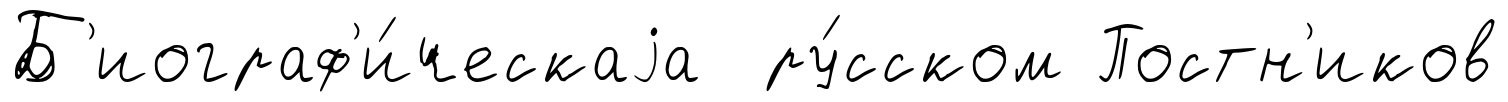
Б'иограф'и́ческаjа ру́сском Постн'иков